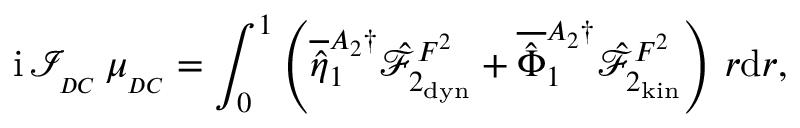
\mathrm { i } \, \mathcal { I } _ { _ { D C } } \, \mu _ { _ { D C } } = \int _ { 0 } ^ { 1 } \left( \overline { { \hat { \eta } } } _ { 1 } ^ { A _ { 2 } \dagger } \hat { \mathcal { F } } _ { 2 _ { \mathrm { d y n } } } ^ { F ^ { 2 } } + \overline { { \hat { \Phi } } } _ { 1 } ^ { A _ { 2 } \dagger } \hat { \mathcal { F } } _ { 2 _ { \mathrm { k i n } } } ^ { F ^ { 2 } } \right) \, r \mathrm { d } r ,